Tezpur Lunatic Asylum reports 1895-1904 - 1895-1904
Year: 1895
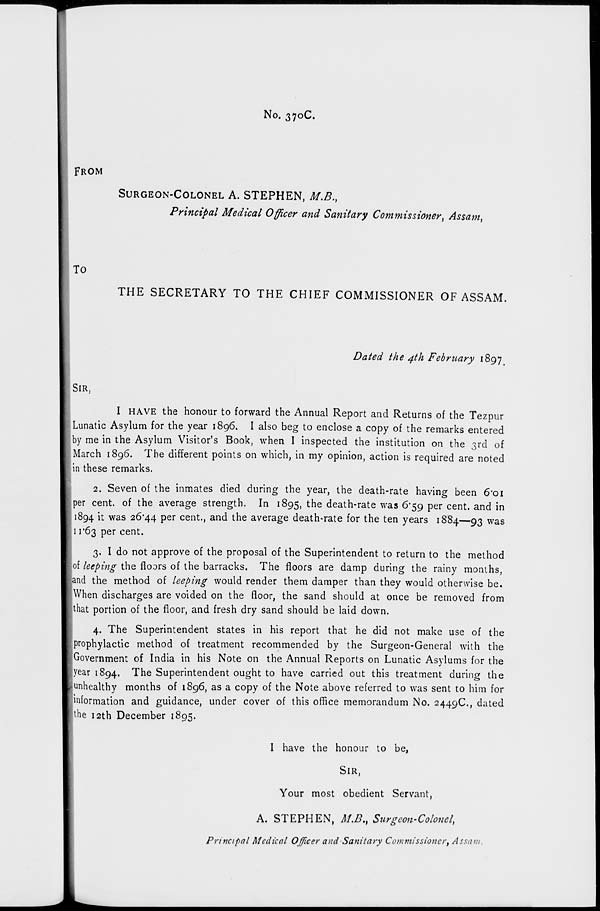
No. 370C.
FROM
SURGEON-COLONEL A. STEPHEN, M.B.,
Principal Medical Officer and Sanitary Commissioner, Assam,
To
THE SECRETARY TO THE CHIEF COMMISSIONER OF ASSAM.
Dated the 4th February 1897
SIR,
I HAVE the honour to forward the Annual Report and Returns of the Tezpur
Lunatic Asylum for the year 1896. I also beg to enclose a copy of the remarks entered
by me in the Asylum Visitor's Book, when I inspected the institution on the 3rd of
March 1896. The different points on which, in my opinion, action is required are noted
in these remarks.
2. Seven of the inmates died during the year, the death-rate having been 6*oi
per cent, of the average strength. In 1895, the death-rate was 6'$g per cent, and in
1894 ^ was 26*44 per cent., and the average death-rate for the ten years 1884—93 was
ji 1*63 per cent.
3. I do not approve of the proposal of the Superintendent to return to the method
of leeping the floors of the barracks. The floors are damp during the rainy months,
and the method of leeping would render them damper than they would otherwise be.
!When discharges are voided on the floor, the sand should at once be removed from
that portion of the floor, and fresh dry sand should be laid down.
4. The Superintendent states in his report that he did not make use of the
prophylactic method of treatment recommended by the Surgeon-General with the
Government of India in his Note on the Annual Reports on Lunatic Asylums for the
year 1894. The Superintendent ought to have carried out this treatment during the
^unhealthy months of 1896, as a copy of the Note above referred to was sent to him for
information and guidance, under cover of this office memorandum No. 2449C, dated
|the 12th December 1895.
I have the honour to be,
SIR,
Your most obedient Servant,
A. STEPHEN, M.B. t Surgeon-Colonel,
Principal Medical Officer and Sanitary Commissioner, Assam.